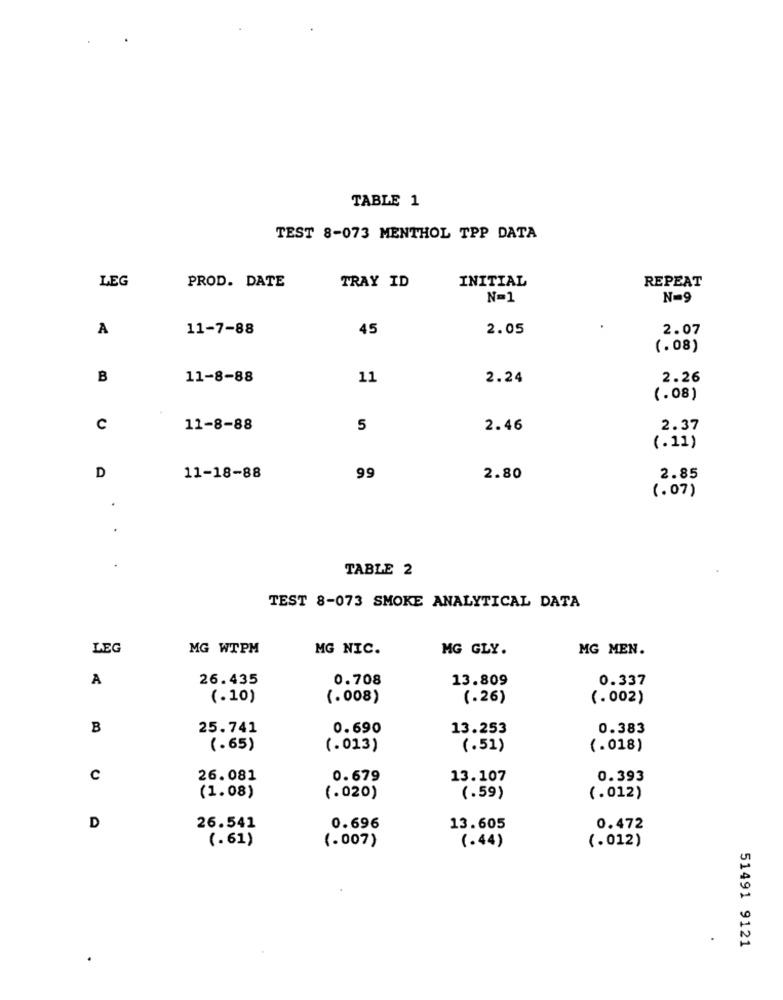
TABLE 1
TEST 8-073 MENTHOL TPP DATA
LEG
PROD. DATE
INITIAL
TRAY ID
REPEAT
N=1
N=9
A
11-7-88
45
2.05
2.07
(.08)
B
11-8-88
11
2.24
2.26
(.08)
C
11-8-88
5
2.46
2.37
(.11)
D
11-18-88
99
2.80
2.85
(.07)
TABLE 2
TEST 8-073 SMOKE ANALYTICAL DATA
LEG
MG WTPM
MG NIC.
MG GLY.
MG MEN.
A
26.435
0.708
13.809
0.337
(.10)
(.008)
(.26)
(.002)
B
25.741
0.690
13.253
0.383
(.65)
(.013)
(.51)
(.018)
c
26.081
0.679
13.107
0.393
(1.08)
(.020)
(.59)
(.012)
D
26.541
0.696
13.605
0.472
(.61)
(.007)
(.44)
(.012)
51491 9121